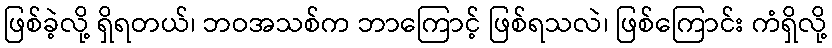
ဖြစ်ခဲ့လို့ ရှိရတယ်၊ ဘဝအသစ်က ဘာကြောင့် ဖြစ်ရသလဲ၊ ဖြစ်ကြောင်း ကံရှိလို့